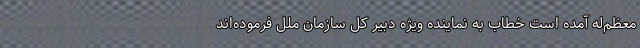
معظم‌له آمده است خطاب به نماینده ویژه دبیر کل سازمان ملل فرموده‌اند